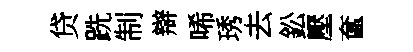
贷跣制辯唏琇去鈆壓奩